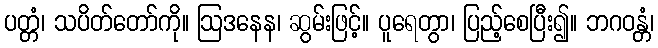
ပတ္တံ၊ သပိတ်တော်ကို။ ဩဒနေန၊ ဆွမ်းဖြင့်။ ပူရေတွာ၊ ပြည့်စေပြီး၍။ ဘဂဝန္တံ၊